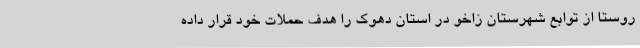
روستا از توابع شهرستان زاخو در استان دهوک را هدف حملات خود قرار داده